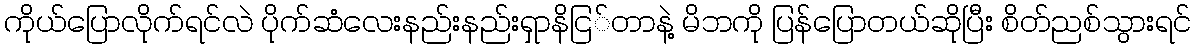
ကိုယ်ပြောလိုက်ရင်လဲ ပိုက်ဆံလေးနည်းနည်းရှာနိငြ်တာနဲ့ မိဘကို ပြန်ပြောတယ်ဆိုပြီး စိတ်ညစ်သွားရင်